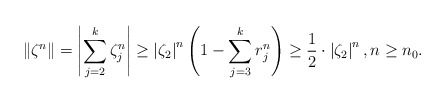
\begin{align*} \Vert \zeta^{n}\Vert = \left\vert \sum_{j=2}^{k} \zeta_{j}^{n}\right\vert \geq \left\vert\zeta_{2}\right\vert^{n}\left(1-\sum_{j=3}^{k} r_{j}^{n}\right)\geq \frac{1}{2}\cdot \left\vert\zeta_{2}\right\vert^{n}, n\geq n_{0}.\end{align*}